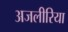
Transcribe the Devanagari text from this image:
अजलीरिया